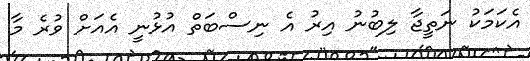
އެކަމަކު ނަތީޖާ ލިބުނު އިރު އެ ނިސްބަތް އުޅުނީ އެއަށް ވުރެ މާ